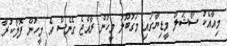
މިއާއެކު ސޯޝަލް މީޑިޔާގައި މަގުބޫލު މީހުން ރާއްޖެ ގެނެސް އެ މީހުން ފޮލޯކުރާ